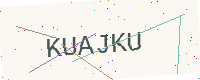
Text: KUAJKU